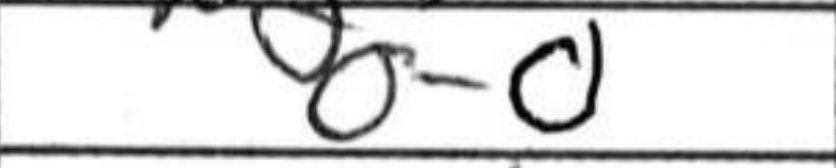
Transcription: O-O